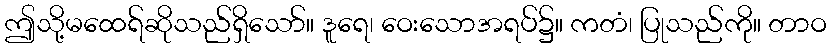
ဤသို့မထေရ်ဆိုသည်ရှိသော်။ ဒူရေ၊ ဝေးသောအရပ်၌။ ကတံ၊ ပြုသည်ကို။ တာဝ